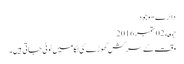
دائرے - وجود
جمعه 02 ستمبر 2016
وقت کے سرکش گھوڑے کی لگامیں ٹوٹی جاتی ہیں۔